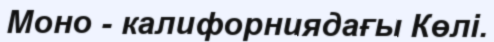
Моно - калифорниядағы Көлi.